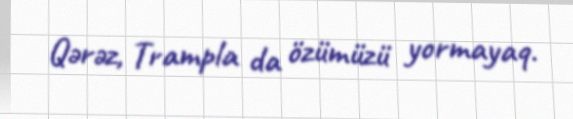
Qərəz, Trampla da özümüzü yormayaq.